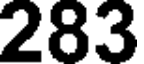
283